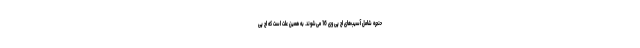
حنجره شامل آسیب‌های اچ پی وی 16 می‌شوند. به همین علت است که اچ پی